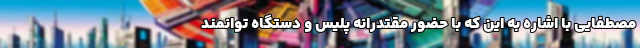
مصطفایی با اشاره به این که با حضور مقتدرانه پلیس و دستگاه توانمند